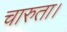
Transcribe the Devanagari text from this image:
चारुता।